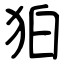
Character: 狛